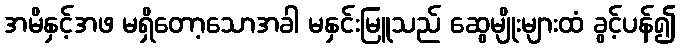
အမိနှင့်အဖ မရှိတော့သောအခါ မနှင်းမြူသည် ဆွေမျိုးများထံ ခွင့်ပန်၍